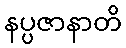
နပ္ပဇာနာတိ